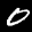
Label: 0